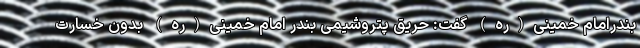
بندرامام خمینی(ره) گفت: حریق پتروشیمی بندر امام خمینی(ره) بدون خسارت